Vaccination United Provinces of Agra and Oudh 1914-1922 - 1914-1922
Year: 1914
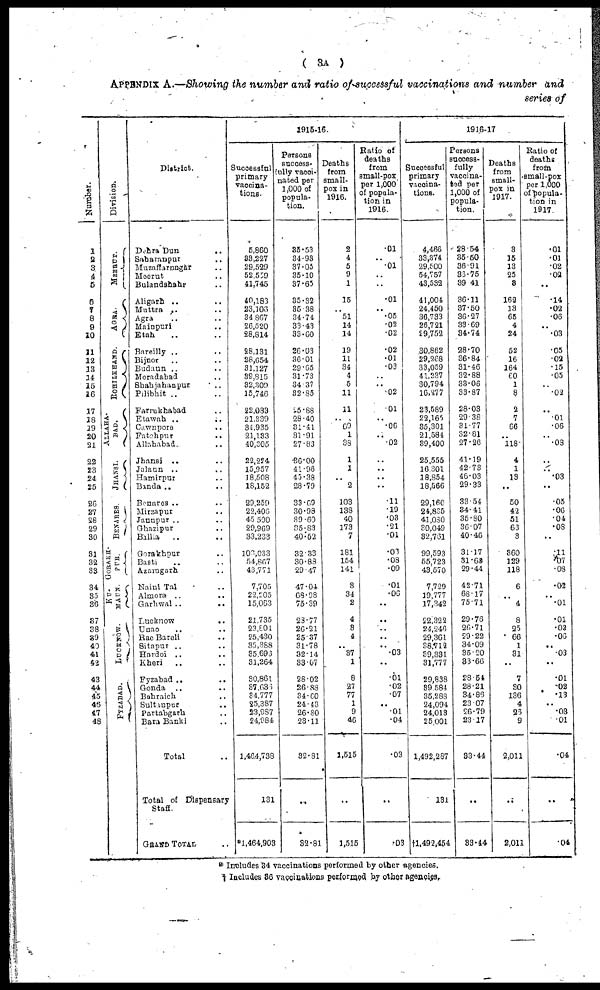
( 3A )
APPENDIX A.—Showing the number and ratio of successful vaccinations and number and
series of
Number.
1
2
3
4
5
6
7
8
9
10
11
12
13
14
15
16
27
18
19
20
21
22
23
24
25
26
27
28
29
30
31
32
33
34
35
36
37
38
39
40
41
42
43
44
45
46
47
48
Division.
MEERUT.
AGRA
ROHILKHAND.
ALLAHA-
---.
JHANSI.
BENARES
GORAHH¬
PUR.
KU¬
MAUN.
LUCKNOW.
FYZABAD.
District.
Dehra Dun
..
Saharanpur ..
Muzaffarnagar ..
Meerut ..
Bulundshahr ..
Aligarh .. ..
Muttra .. ..
Agra .. ..
Mainpuri ..
Etah .. ..
Bareilly .. ..
Bijnor .. ..
Badaun .. ..
Moradabad ..
Shahjahanpur ..
Pilibhit .. ..
Farrukhabad ..
Etawah .. ..
Cawnpore ..
Fatehpur
..
Allahabad ..
Jhansi
.. ..
Jalaun .. ..
Hamirpur ..
Banda .. ..
Benares .. ..
Mirzapur ..
Jaunpur .. ..
Ghazipur ..
Balla
.. ..
Gorakhpur ..
Basti .. ..
Azamgarh ..
Naini Tal ..
Almora .. ..
Garhwal ..
..
Lucknow ..
Unao .. ..
Rae Bareli ..
Sitapur .. ..
Hardoi .. ..
Kheri
.. ..
Fyzabad .. ..
Gonda
.. ..
Bahraich ..
Sultanpur ..
Partabgarh ..
Bara Banki ..
Total ..
Total of Dispensary
Staff
GRAND TOTAL ..
1915-16.
Successful
primary
vaccina-
tions
5,860
33,227
29,529
52,559
41,745
40,183
23,106
34,867
26,520
28,814
28,131
28,654
31,127
39,815
32,309
15,746
22,033
21,839
34,935
21,133
40,305
22,224
15,957
18,508
18,152
29,259
22,406
45,500
29,969
33,233
103,033
54,867
43,771
7,705
22,205
15,063
21,735
23,804
25,430
35,388
35,696
31,264
30,861
37,636
34,777
25,387
23,987
24,984
1,464,738
131
*1,464,903
Persons
success¬
fully vacci¬
nated per
1,000 of
popula-
tion.
35.53
34.93
37.05
35.10
37.65
35.32
35.38
34,74
33.43
33.60
26.03
36.01
29.65
31.73
34.37
32.85
25.88
28.40
31.41
31.91
27.83
36.00
41.96
45.38
28.79
33.69
30.98
39.60
35.83
40.52
32.33
30.88
29.47
47.04
68.98
75.39
28.77
26.21
25.37
31.78
32.14
33.07
28.02
26.88
34.60
24.43
26.80
23.11
32.81
..
32.81
Deaths
from
small-
pox in
1916.
2
4
5
9
1
15
..
51
14
14
19
11
34
4
5
11
11
..
69
1
38
1
1
..
2
103
138
40
173
7
181
154
141
8
34
2
4
3
4
..
37
1
8
27
77
1
9
46
1,515
..
1,515
Ratio of
deaths
from
small-pox
per 1,000
of popula¬
tion in
1916.
.01
..
.01
..
..
.01
..
.05
.03
.02
.02
.01
.03
..
..
.02
.01
..
.06
..
.02
..
..
..
..
.11
.19
.03
.21
.01
.03
.08
.09
.01
.06
..
..
..
..
..
.03
..
.01
.02
.07
..
.01
.04
.03
..
.03
1916-17
Successful
primary
vaccina¬
tions.
4,466
33,374
29,500
54,757
43,532
41,004
24,450
36,733
26,721
29,752
30,862
29,268
33,059
41,237
30,794
16,877
23,589
22,165
35,301
21,584
39,400
25,555
16,301
18,854
18,566
29,160
24,835
41,080
30,049
32,761
99,593
55,723
43,570
7,729
19,777
17,342
22,322
24,246
29,361
38,712
39,331
31,777
29,838
39,584
35,288
24,094
24,013
25,001
1,492,297
131
†1,492,454
Persons
success¬
fully
vaccina¬
ted per
1,000 of
popula-
tion.
28.54
35.50
36.91
36.75
39.41
36.11
37.50
36.27
33.69
34.74
28.70
36.84
31.46
32.88
33.06
33.87
28.03
29.38
31.77
32.81
27.26
41.19
42.73
46.03
29.33
33.54
34.41
35.80
36.07
40.46
31.17
31.65
29.44
42.71
68.17
75.71
29.76
26.71
29.22
34.09
36.20
33.66
28.54
28.21
34.86
23.07
26.79
23.17
33.44
..
33.14
Deaths
from
small-
pox in
1917.
3
15
13
25
3
162
13
65
4
24
52
16
164
60
1
8
2
7
66
..
118
4
1
13
..
50
42
51
63
3
360
129
118
6
..
4
8
25
66
1
31
..
7
30
136
4
26
9
2,011
..
2,011
Ratio of
deaths
from
small-pox
per 1,000
of popula-
tion in
1917
.01
.01
.02
.02
..
.14
.02
.06
..
.03
.05
.02
.15
.05
..
.02
..
.01
.06
..
.08
..
..
.03
..
.05
.06
.04
.08
..
.11
.07
.08
.02
..
.01
.01
.03
.06
..
.03
..
.01
.02
.13
..
.03
.01
.04
..
.04
* Includes 34 vaccinations performed by other agencies.
† Includes 36 vaccinations performed by other agencies.